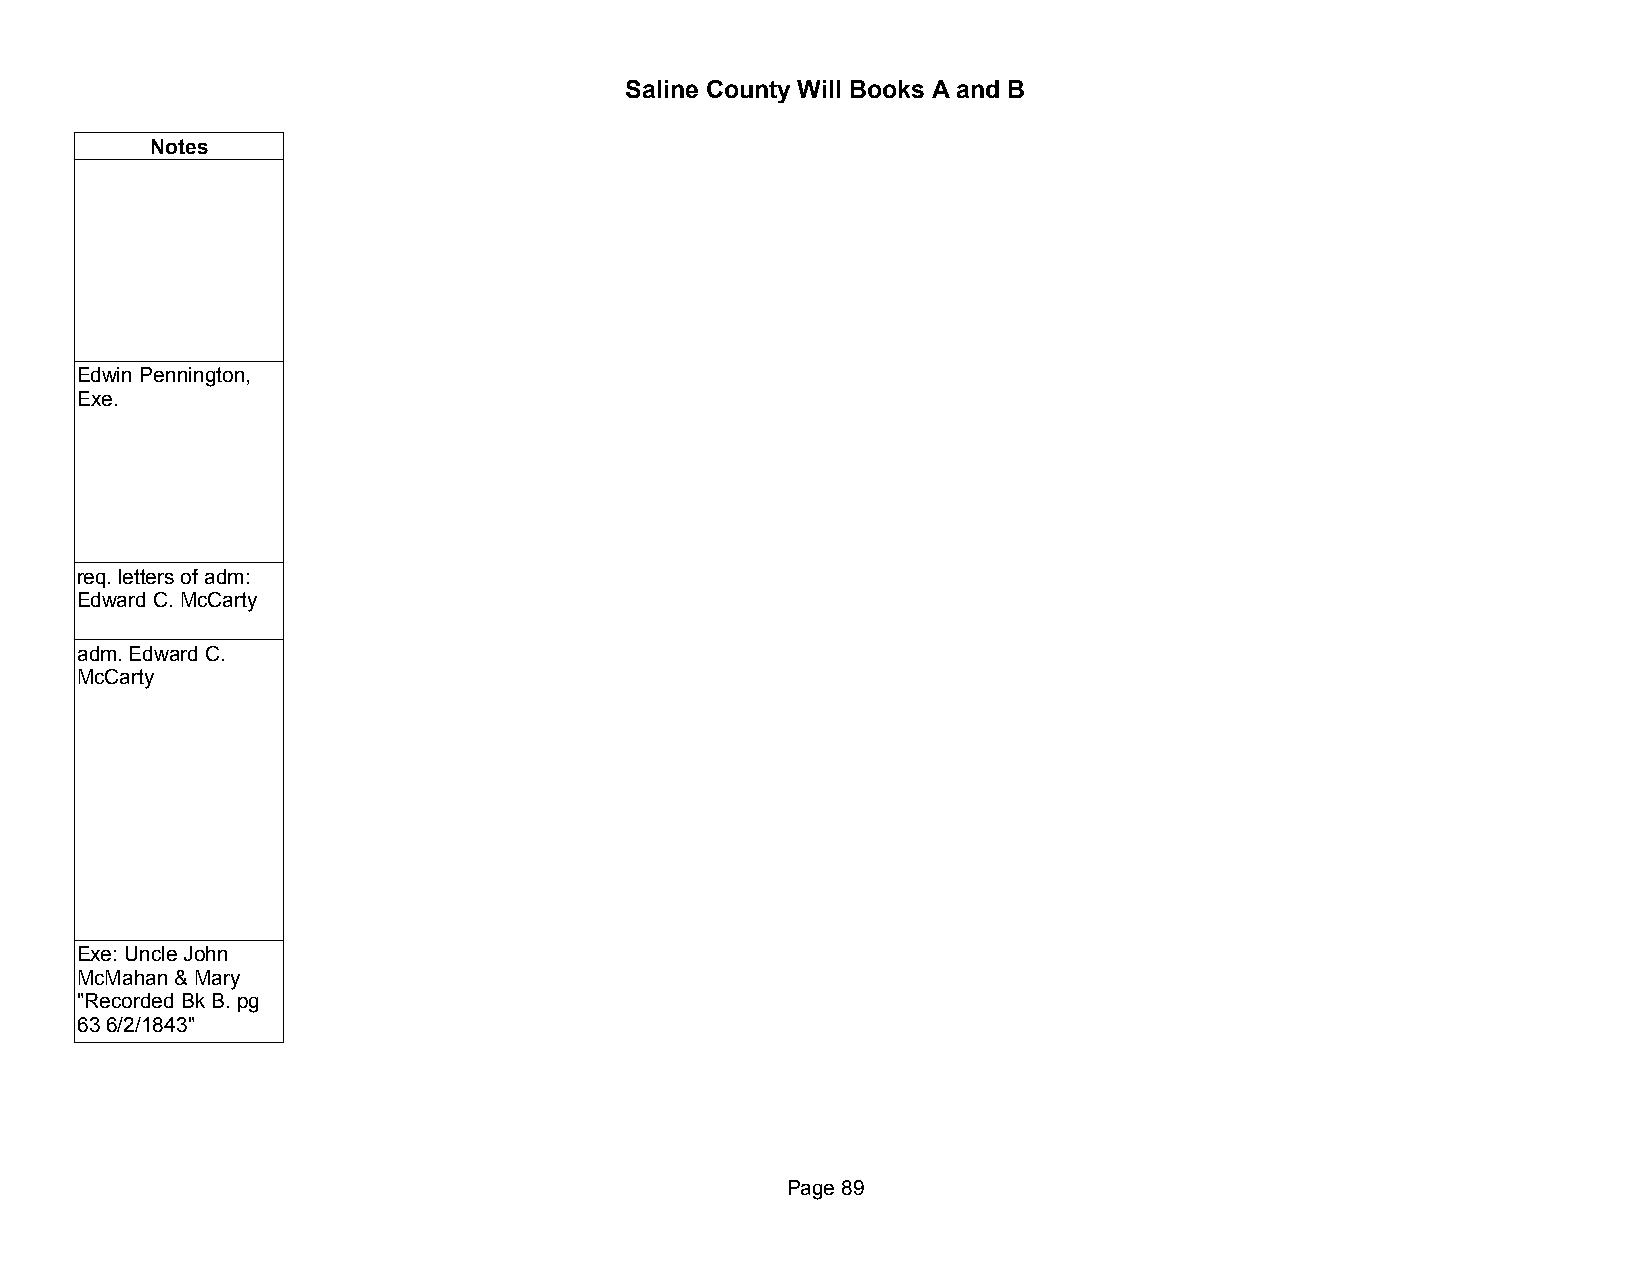
Saline County Will Books A and B
 Notes
 Edwin Pennington,
 Exe.
 req. letters of adm:
 Edward C. McCarty
 adm. Edward C.
 McCarty
 Exe: Uncle John
 McMahan & Mary
 "Recorded Bk B. pg
 63 6/2/1843"
 Page 89